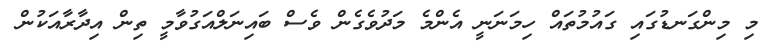
މި މިންގަނޑުގައި ގައުމުތައް ހިމަނަނީ އެންމެ މަދުވެގެން ވެސް ބައިނަލްއަގުވާމީ ތިން އިދާރާއަކުން